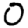
Digit: 0